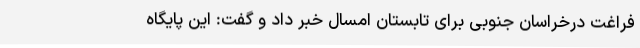
فراغت درخراسان جنوبی برای تابستان امسال خبر داد و گفت: این پایگاه